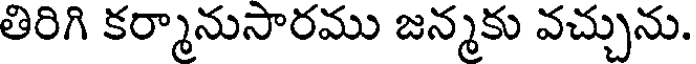
తిరిగి కర్మానుసారము జన్మకు వచ్చును.